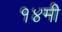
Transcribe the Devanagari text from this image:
१४मी